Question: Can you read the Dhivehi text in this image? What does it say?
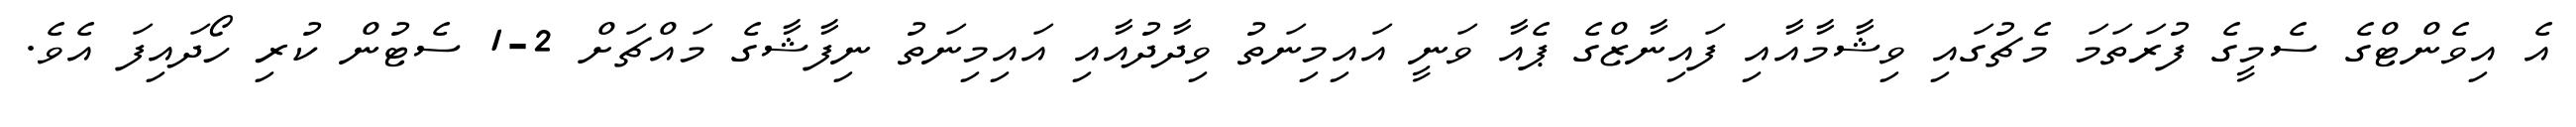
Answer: އެ އިވެންޓްގެ ސެމީގެ ފުރަތަމަ މެޗުގައި ވިޝާމާއާއި ފައިނާޒްގެ ޕެއާ ވަނީ އައިމިނަތު ވިދާދުއާއި އައިމިނަތު ނިފާޝާގެ މައްޗަށް 2-1 ސެޓުން ކުރި ހޯދައިފަ އެވެ.